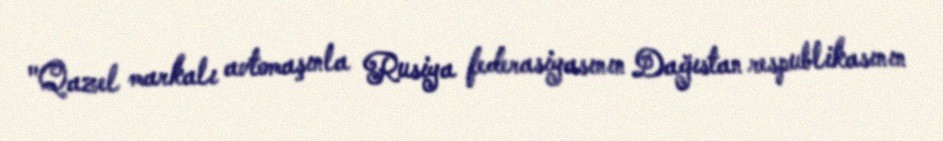
"Qazel markalı avtomaşınla Rusiya federasiyasının Dağıstan respublikasının